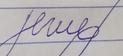
Signature authenticity: forged